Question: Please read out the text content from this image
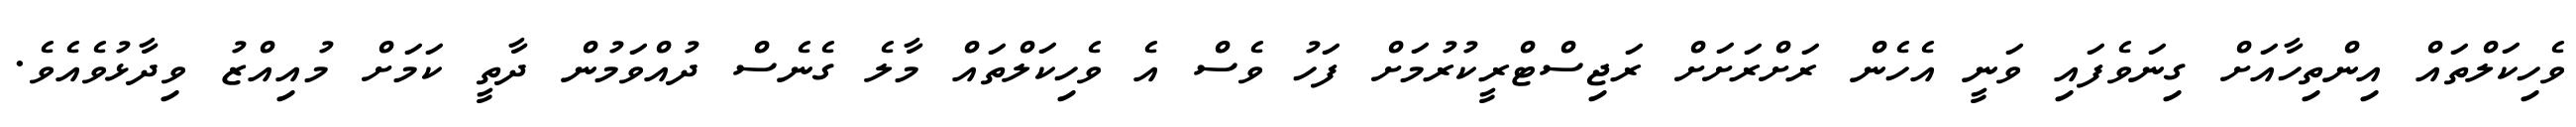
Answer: ވެހިކަލްތައް އިންތިހާއަށް ގިނަވެފައި ވަނީ އެހެން ރަށްރަށަށް ރަޖިސްޓްރީކުރުމަށް ފަހު ވެސް އެ ވެހިކަލްތައް މާލެ ގެނެސް ދުއްވަމުން ދާތީ ކަމަށް މުއިއްޒު ވިދާޅުވެއެވެ.